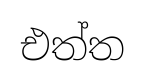
එත්ත